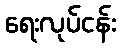
ရေးလုပ်ငန်း